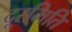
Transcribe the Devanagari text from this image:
दूरमिति